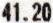
41.20